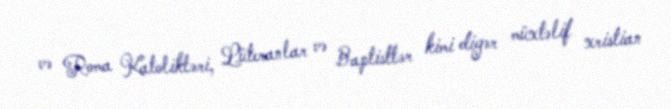
və Roma Katolikləri, Lüteranlar və Baptistlər kimi digər müxtəlif xristian